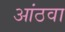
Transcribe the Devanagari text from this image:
आंठवा